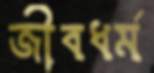
জীবধর্ম